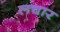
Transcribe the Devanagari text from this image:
लचार